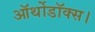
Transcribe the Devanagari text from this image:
ऑर्थोडॉक्स।